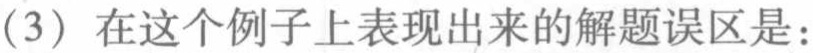
（3）在这个例子上表现出来的解题误区是：